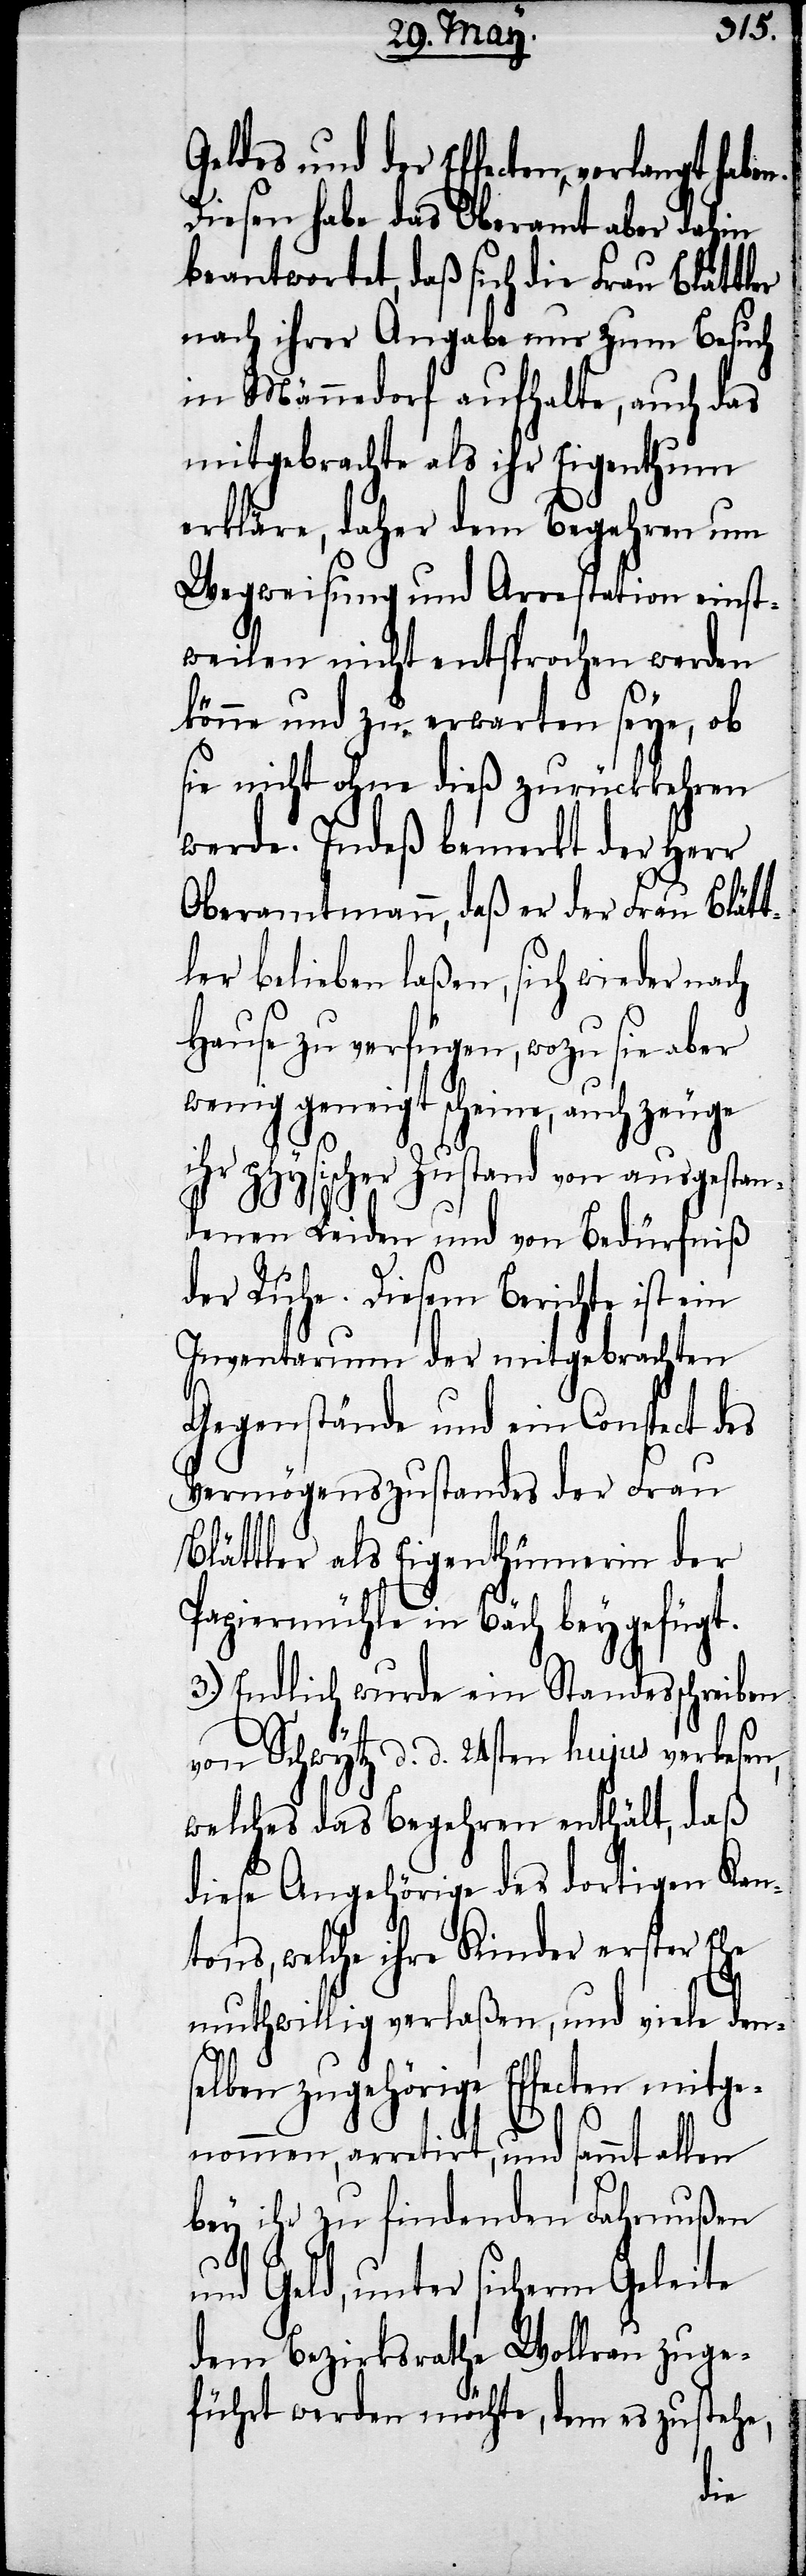
Geldes und der Effecten, verlangt
Diesen habe das Oberamt aber dahin
beantwortet, daß sich die Frau Blättler
nach ihrer Angabe nur zum Besuch
in Männedorf aufhalte, auch das
mitgebrachte als ihr Eigenthum
erkläre, daher dem Begehren um
Wegweisung und Arrestation einst¬
weilen nicht entsprochen werden
könne und zu erwarten seye, ob
sie nicht ohne dieß zurückkehren
werde. Indeß bemerkt der Herr
Oberamtmann, daß er der Frau Blätt¬
ler belieben laßen, sich wieder nach
Hause zu verfügen, wozu sie aber
wenig geneigt scheine, auch zeuge
ihr physischer Zustand von ausgestan¬
denen Leiden und von Bedürfniß
der Ruhe. Diesem Berichte ist ein
Inventarum der mitgebrachten
Gegenstände und ein Conspect des
Vermögenszustandes der Frau
Blättler als Eigenthümerin der
Papiermühle in Bäch beygefügt.
3.) Endlich wurde ein Standesschreiben
von Schwytz d. d. 24sten hujus verlesen,
welches das Begehren enthält, daß
diese Angehörige des dortigen Kan¬
tons, welche ihre Kinder erster Ehe
muthwillig verlaßen, und viele den¬
selben zugehörige Effecten mitge¬
nommen, arretirt, und sammt allen
bey ihr zu findenden Fahrnußen
und Geld, unter sicherm Geleite
dem Bezirksrathe Wollrau zuge¬
führt werde möchte, dem es zustehe,